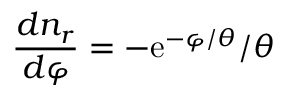
{ \frac { d n _ { r } } { d \varphi } } = - \mathrm { e } ^ { - \varphi / \theta } / \theta